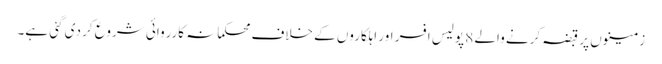
زمینوں پر قبضہ کرنے والے 8 پولیس افسر اور اہلکاروں کے خلاف محکمانہ کارروائی شروع کر دی گئی ہے۔